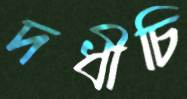
দধীচি